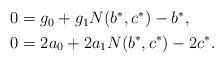
LaTeX: \begin{align*}\begin{aligned}0&=g_0+g_1N(b^*,c^*)-b^*,\\0&=2a_0+2a_1N(b^*,c^*)-2c^*.\end{aligned}\end{align*}